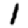
Digit: 1